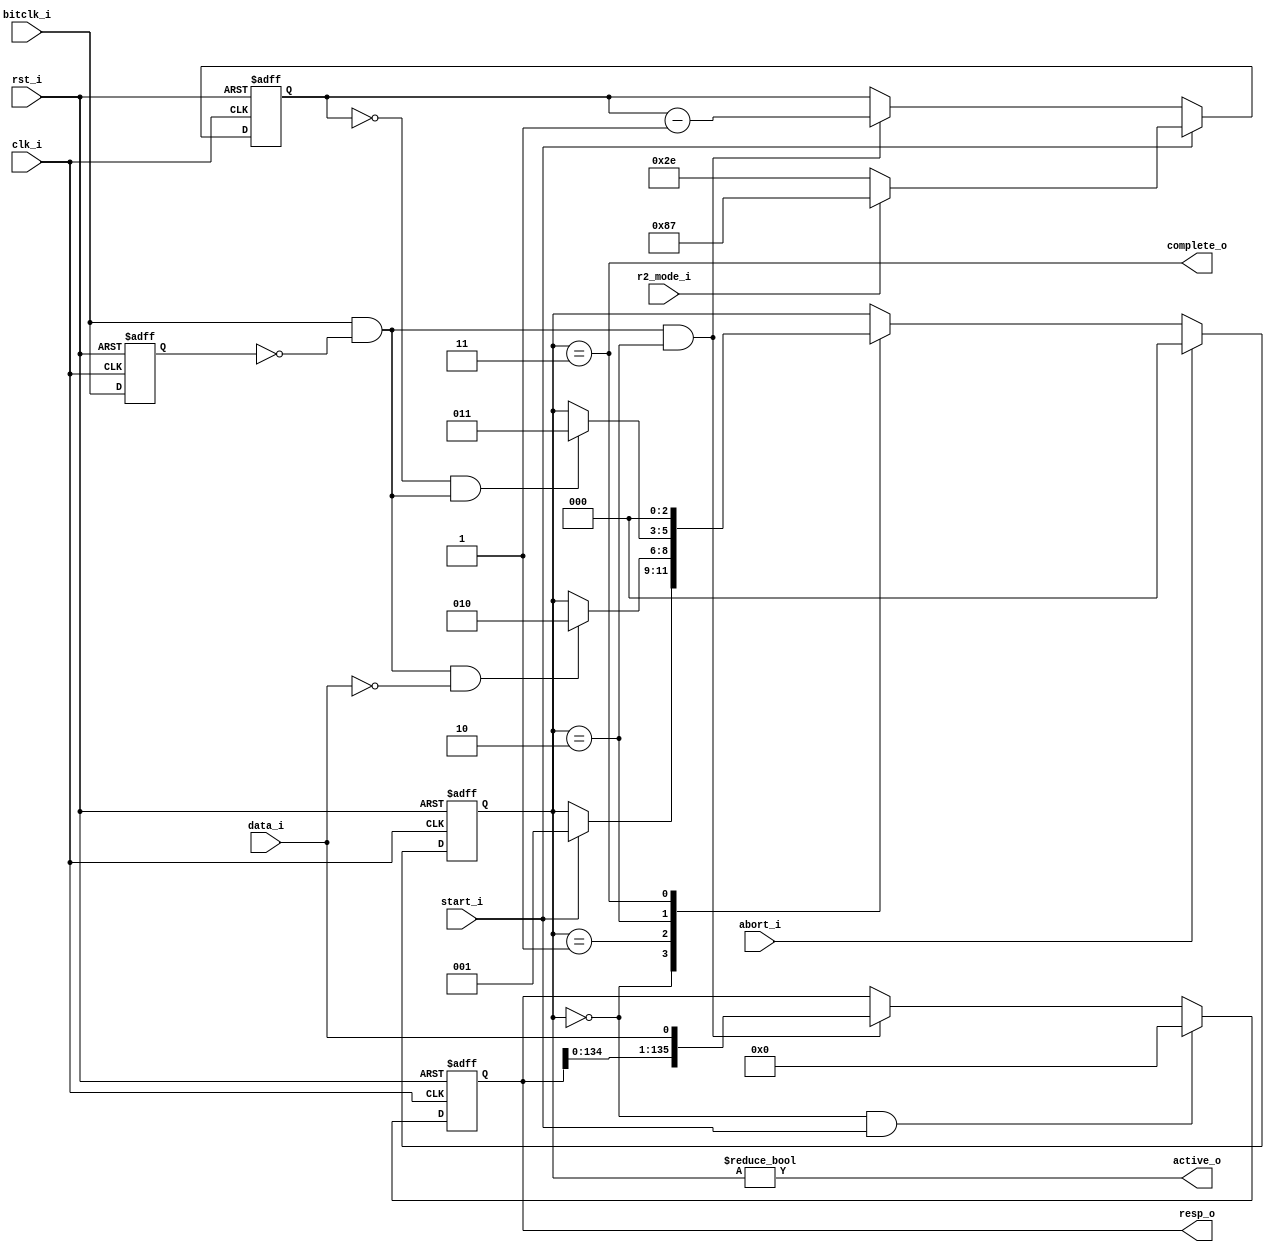
//-----------------------------------------------------------------
//                MMC (and derivative standards) Host
//                            V0.1
//                     Ultra-Embedded.com
//                        Copyright 2020
//
//                   admin@ultra-embedded.com
//
//                     License: Apache 2.0
//-----------------------------------------------------------------
// Copyright 2020 Ultra-Embedded.com
// 
// Licensed under the Apache License, Version 2.0 (the "License");
// you may not use this file except in compliance with the License.
// You may obtain a copy of the License at
// 
//     http://www.apache.org/licenses/LICENSE-2.0
// 
// Unless required by applicable law or agreed to in writing, software
// distributed under the License is distributed on an "AS IS" BASIS,
// WITHOUT WARRANTIES OR CONDITIONS OF ANY KIND, either express or implied.
// See the License for the specific language governing permissions and
// limitations under the License.
//-----------------------------------------------------------------
//-----------------------------------------------------------------
// Module: Deserialiser
//-----------------------------------------------------------------
module mmc_cmd_deserialiser
(
     input          clk_i
    ,input          rst_i
    ,input          bitclk_i
    ,input          start_i
    ,input          abort_i
    ,input          r2_mode_i
    ,input          data_i
    ,output [135:0] resp_o
    ,output         active_o
    ,output         complete_o
);

reg clk_q;

always @ (posedge clk_i or posedge rst_i)
if (rst_i)
    clk_q <= 1'b0;
else
    clk_q <= bitclk_i;

// Capture on rising edge
wire capture_w = bitclk_i & ~clk_q;

reg [7:0] index_q;

localparam STATE_W          = 3;

// Current state
localparam STATE_IDLE       = 3'd0;
localparam STATE_STARTED    = 3'd1;
localparam STATE_ACTIVE     = 3'd2;
localparam STATE_END        = 3'd3;

reg [STATE_W-1:0] state_q;
reg [STATE_W-1:0] next_state_r;

always @ *
begin
    next_state_r = state_q;

    case (state_q)
    STATE_IDLE :
    begin
        if (start_i)
            next_state_r  = STATE_STARTED;
    end
    STATE_STARTED:
    begin
        if (capture_w && !data_i)
            next_state_r  = STATE_ACTIVE;
    end
    STATE_ACTIVE:
    begin
        if ((index_q == 8'd0) & capture_w)
            next_state_r  = STATE_END;
    end
    STATE_END:
    begin
        next_state_r  = STATE_IDLE;
    end
    default :
        ;
    endcase

    if (abort_i)
        next_state_r  = STATE_IDLE;
end

always @ (posedge clk_i or posedge rst_i)
if (rst_i)
    state_q <= STATE_IDLE;
else
    state_q <= next_state_r;


always @ (posedge clk_i or posedge rst_i)
if (rst_i)
    index_q <= 8'd47;
else if (start_i)
    index_q <= r2_mode_i ? 8'd135: 8'd46;
else if (capture_w && state_q == STATE_ACTIVE)
    index_q <= index_q - 8'd1;

reg [135:0] resp_q;

always @ (posedge clk_i or posedge rst_i)
if (rst_i)
    resp_q <= 136'b0;
else if (state_q == STATE_IDLE && start_i)
    resp_q <= 136'b0;
else if (state_q == STATE_ACTIVE && capture_w)
    resp_q <= {resp_q[134:0], data_i};

assign active_o   = (state_q != STATE_IDLE);
assign complete_o = (state_q == STATE_END);
assign resp_o     = resp_q;

endmodule